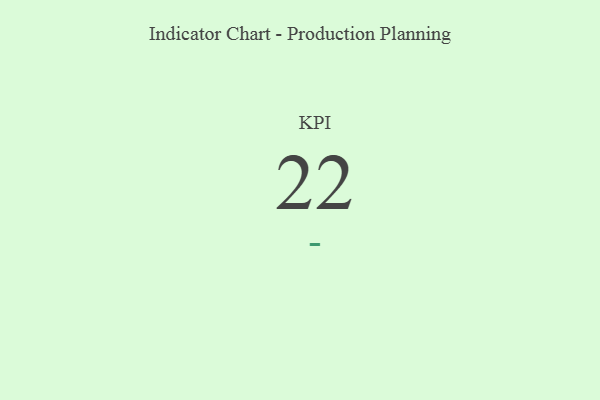
{"axis": {"x": "KPI", "y": "Value"}, "legend": [""], "data": [{"x": "KPI", "y": 22, "type": ""}]}